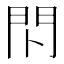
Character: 𰿗